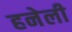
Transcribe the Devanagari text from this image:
हनेली